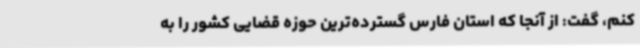
کنم، گفت: از آنجا که استان فارس گسترده‌ترین حوزه قضایی کشور را به